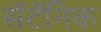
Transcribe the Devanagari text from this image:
सॅटॅनिक